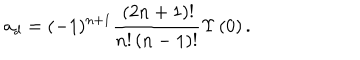
LaTeX: { a _ { d } } = ( - 1 ) ^ { n + 1 } \frac { \, ( 2 n + 1 ) ! } { { n } ! \left( n - 1 \right) ! } \Upsilon \left( 0 \right) .